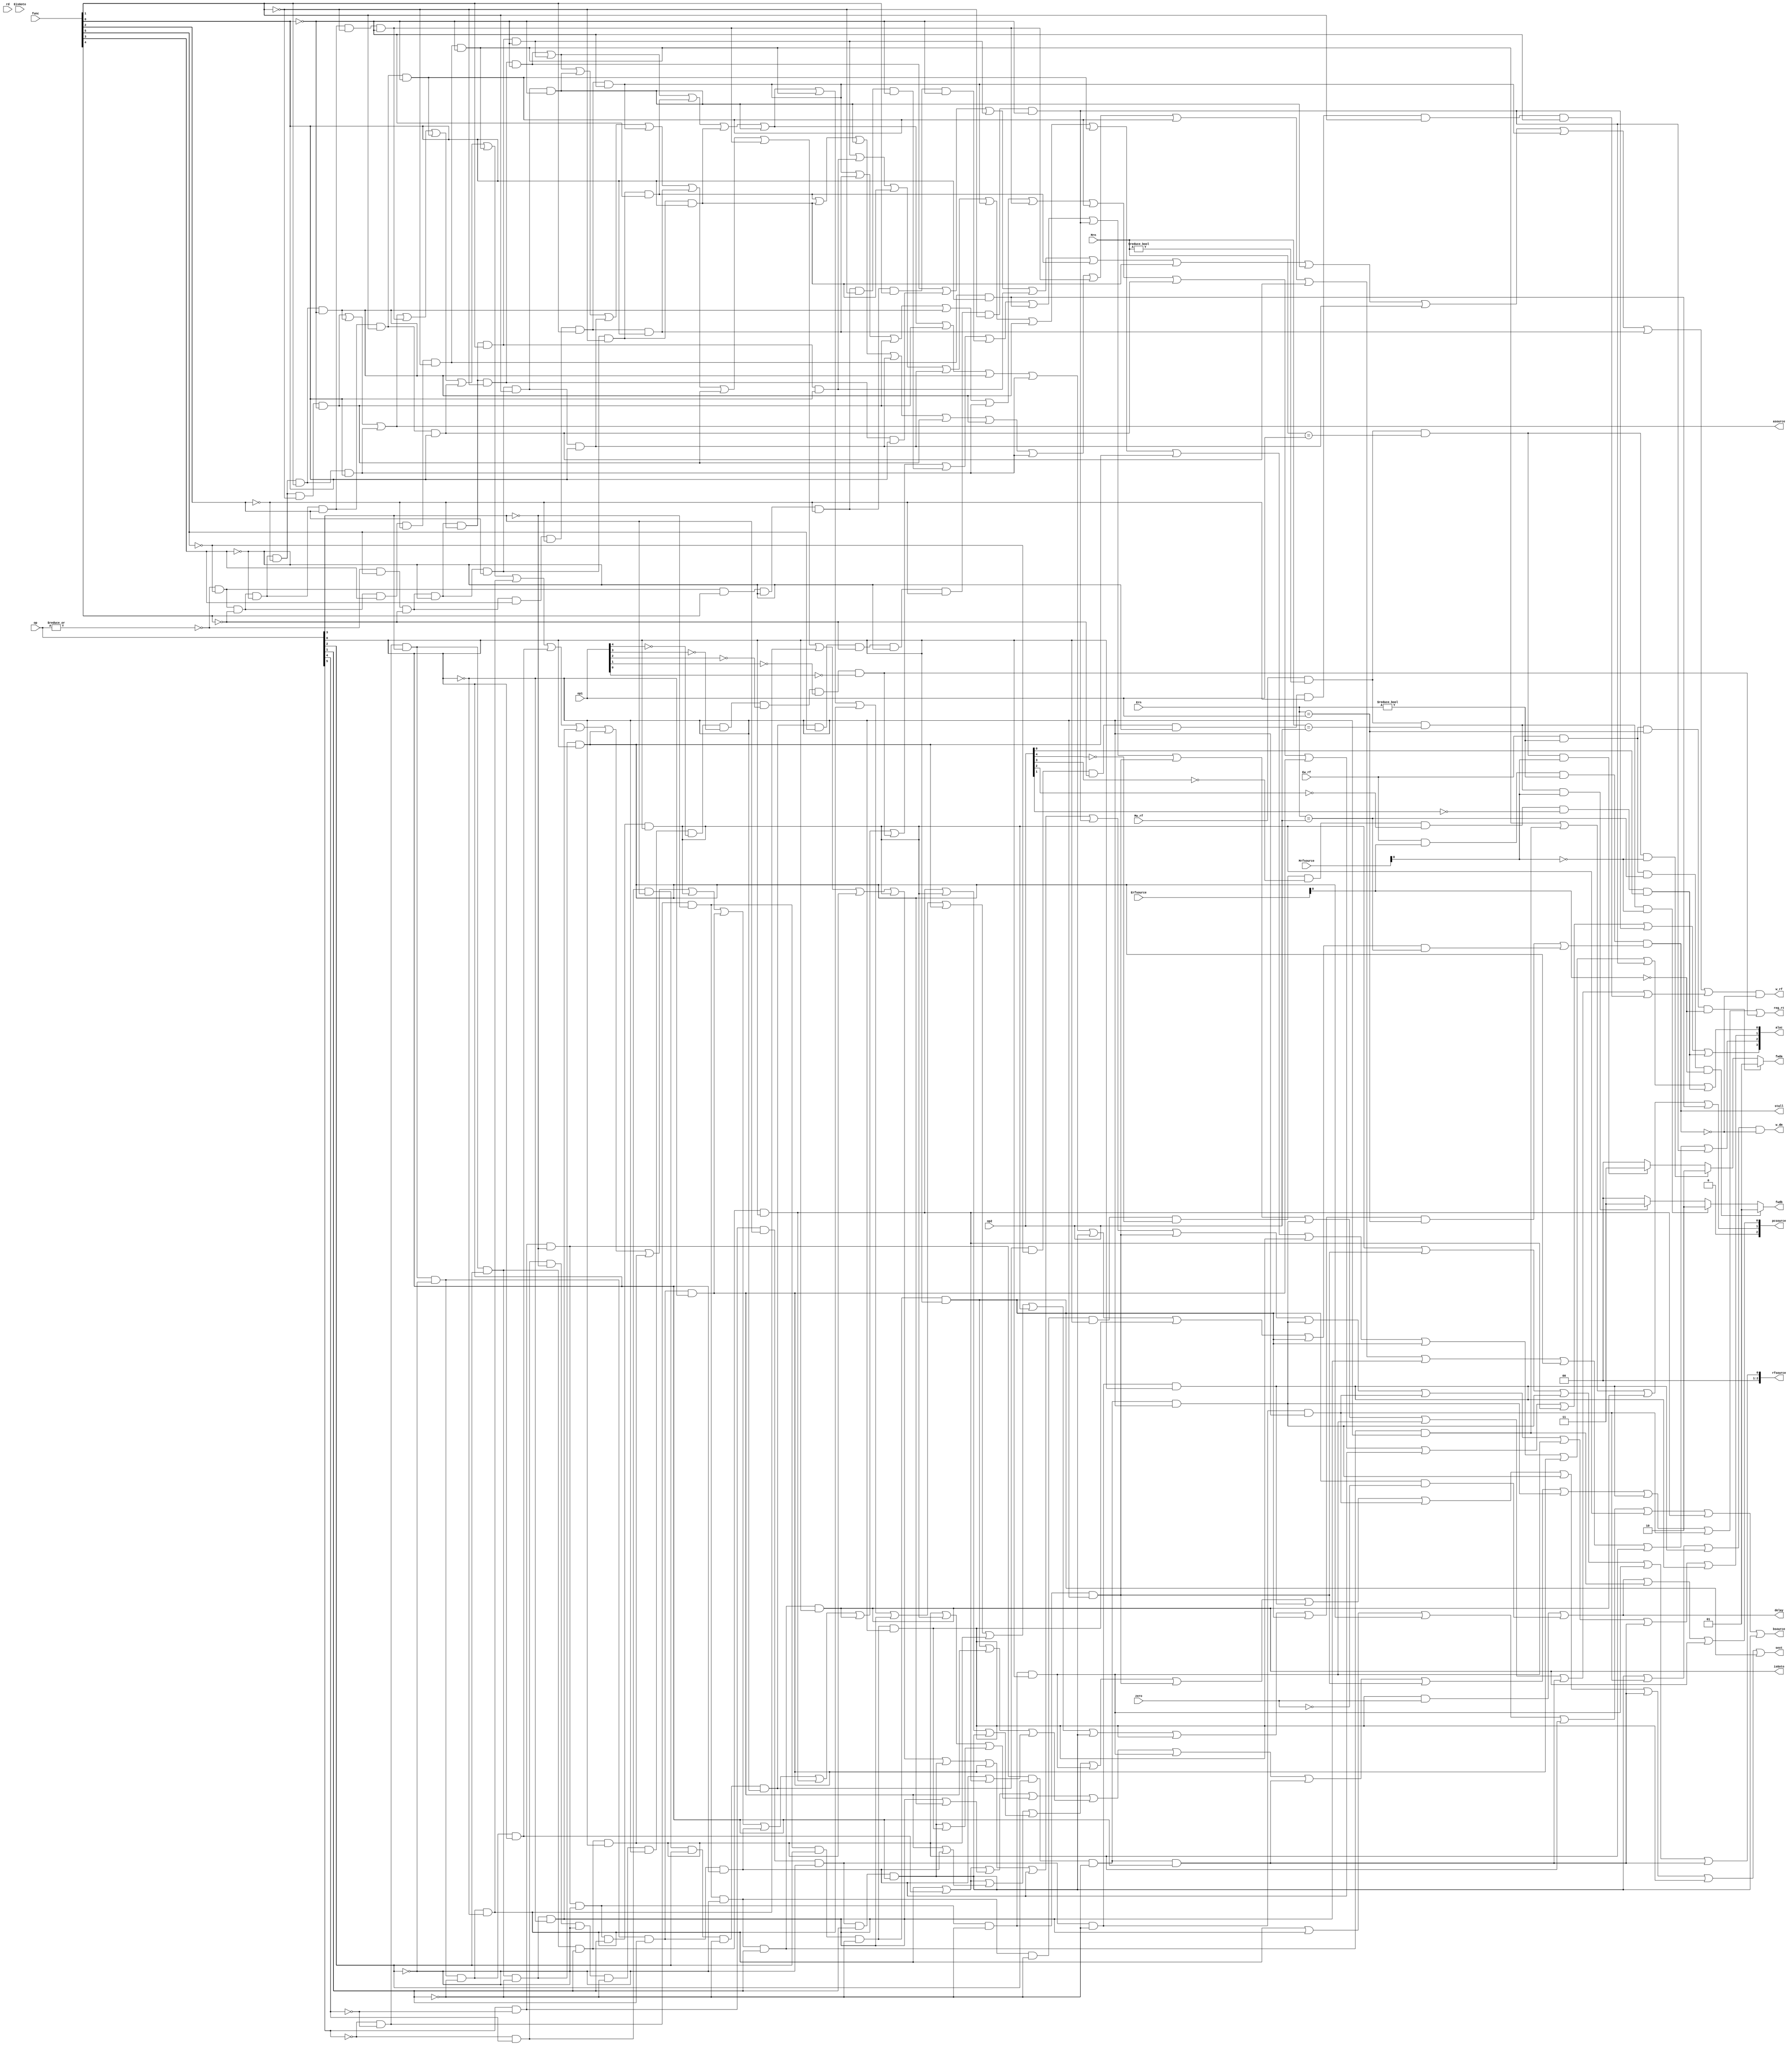
module pipeIDcu(op1,op2,op,func,rd,zero,
				EisGoto,
				Ew_rf,Mw_rf,
				Ern,Mrn,
				Erfsource,Mrfsource,
				isGoto,
				aluc,asource,bsource,
				pcsource,rfsource,
				w_dm,w_rf,reg_rt,
				sext,stall,
				fwda,fwdb,
				delay);

	input EisGoto			;
	input Ew_rf				;
	input Mw_rf				;
	input [4:0]Ern			;
	input [4:0] op1	   		;//һrs
	input [4:0] op2	   		;//ڶrt
	input [5:0] op	   		;
	input [5:0] func   		;
	input [4:0] rd			;
	input zero				;//rs,rt
	input [4:0]Mrn			;
	input [2:0] Erfsource	;
	input [2:0] Mrfsource	;
	output isGoto			;
	output [3:0] aluc		;//alucѡź
	output asource			;
	output bsource			;
	output [2:0] pcsource	;//pcѡһѡź
	output [2:0] rfsource	;
	output w_dm				;
	output w_rf				;
	output reg_rt			;
	output sext				;//Ƿչ
	output stall			;
	output reg [1:0] fwda	;
	output reg [1:0] fwdb	;
	output delay			;
	//31ָ
	wire r_type=~|op;
	wire i_addi = ~op[5] & ~op[4] &  op[3] & ~op[2] & ~op[1] & ~op[0];
	wire i_addiu= ~op[5] & ~op[4] &  op[3] & ~op[2] & ~op[1] &  op[0];
	wire i_andi = ~op[5] & ~op[4] &  op[3] &  op[2] & ~op[1] & ~op[0];
	wire i_ori  = ~op[5] & ~op[4] &  op[3] &  op[2] & ~op[1] &  op[0];
	wire i_xori = ~op[5] & ~op[4] &  op[3] &  op[2] &  op[1] & ~op[0];
	wire i_lw   =  op[5] & ~op[4] & ~op[3] & ~op[2] &  op[1] &  op[0];
	wire i_sw   =  op[5] & ~op[4] &  op[3] & ~op[2] &  op[1] &  op[0];
	wire i_beq  = ~op[5] & ~op[4] & ~op[3] &  op[2] & ~op[1] & ~op[0];
	wire i_bne  = ~op[5] & ~op[4] & ~op[3] &  op[2] & ~op[1] &  op[0];
	wire i_slti = ~op[5] & ~op[4] &  op[3] & ~op[2] &  op[1] & ~op[0];
    wire i_sltiu= ~op[5] & ~op[4] &  op[3] & ~op[2] &  op[1] &  op[0];
	wire i_lui  = ~op[5] & ~op[4] &  op[3] &  op[2] &  op[1] &  op[0];
	wire i_j    = ~op[5] & ~op[4] & ~op[3] & ~op[2] &  op[1] & ~op[0];
	wire i_jal  = ~op[5] & ~op[4] & ~op[3] & ~op[2] &  op[1] &  op[0];
    wire i_sll  = r_type & ~func[5] & ~func[4] & ~func[3] &~func[2] & ~func[1] & ~func[0];
	wire i_srl  = r_type & ~func[5] & ~func[4] & ~func[3] &~func[2] &  func[1] & ~func[0];
	wire i_sra  = r_type & ~func[5] & ~func[4] & ~func[3] &~func[2] &  func[1] &  func[0];
	wire i_sllv = r_type & ~func[5] & ~func[4] & ~func[3] & func[2] & ~func[1] & ~func[0];
    wire i_srlv = r_type & ~func[5] & ~func[4] & ~func[3] & func[2] &  func[1] & ~func[0];
    wire i_srav = r_type & ~func[5] & ~func[4] & ~func[3] & func[2] &  func[1] &  func[0];
	wire i_jr   = r_type & ~func[5] & ~func[4] &  func[3] &~func[2] & ~func[1] & ~func[0];
	 wire i_add  = r_type &  func[5] & ~func[4] & ~func[3] &~func[2] & ~func[1] & ~func[0];
    wire i_addu = r_type &  func[5] & ~func[4] & ~func[3] &~func[2] & ~func[1] &  func[0];
	wire i_sub  = r_type &  func[5] & ~func[4] & ~func[3] &~func[2] &  func[1] & ~func[0];
	wire i_subu = r_type &  func[5] & ~func[4] & ~func[3] &~func[2] &  func[1] &  func[0];
	wire i_and  = r_type &  func[5] & ~func[4] & ~func[3] & func[2] & ~func[1] & ~func[0];
	wire i_or   = r_type &  func[5] & ~func[4] & ~func[3] & func[2] & ~func[1] &  func[0];
	wire i_xor  = r_type &  func[5] & ~func[4] & ~func[3] & func[2] &  func[1] & ~func[0];
    wire i_nor  = r_type &  func[5] & ~func[4] & ~func[3] & func[2] &  func[1] &  func[0];
    wire i_slt  = r_type &  func[5] & ~func[4] &  func[3] &~func[2] &  func[1] & ~func[0];
    wire i_sltu = r_type &  func[5] & ~func[4] &  func[3] &~func[2] &  func[1] &  func[0];
	//54ָ
    wire i_eret   = c0_type& op1[4]&~op1[3] &~op1[2]&~op1[1]&~op1[0]&~func[5]& func[4] & func[3]&~func[2] & ~func[1] & ~func[0];
	 wire c0_type  = ~op[5] &  op[4] & ~op[3] & ~op[2] & ~op[1] & ~op[0];
    wire i_mfc0   = c0_type&~op1[4]&~op1[3] &~op1[2]&~op1[1]&~op1[0];
    wire i_mtc0   = c0_type&~op1[4]&~op1[3] & op1[2]&~op1[1]&~op1[0];
    wire i_divu     = r_type & ~func[5] &  func[4] &  func[3] &~func[2] &  func[1] &  func[0];
    wire i_div      = r_type & ~func[5] &  func[4] &  func[3] &~func[2] &  func[1] & ~func[0];  
    wire i_multu    = r_type & ~func[5] &  func[4] &  func[3] &~func[2] & ~func[1] &  func[0];
    wire i_mfhi     = r_type & ~func[5] &  func[4] & ~func[3] &~func[2] & ~func[1] & ~func[0];
    wire i_mflo     = r_type & ~func[5] &  func[4] & ~func[3] &~func[2] &  func[1] & ~func[0];
    wire i_mthi     = r_type & ~func[5] &  func[4] & ~func[3] &~func[2] & ~func[1] &  func[0];
    wire i_mtlo     = r_type & ~func[5] &  func[4] & ~func[3] &~func[2] &  func[1] &  func[0]; 
	wire i_syscall= r_type & ~func[5] & ~func[4] &  func[3] & func[2] & ~func[1] & ~func[0];
    wire i_break  = r_type & ~func[5] & ~func[4] &  func[3] & func[2] & ~func[1] &  func[0];
    wire i_teq    = r_type &  func[5] &  func[4] & ~func[3] & func[2] & ~func[1] & ~func[0];
    wire i_jalr   = r_type & ~func[5] & ~func[4] &  func[3] &~func[2] & ~func[1] &  func[0]; 
	 wire i_lb       = op[5] & ~op[4] & ~op[3] & ~op[2] & ~op[1] & ~op[0];
    wire i_lbu      = op[5] & ~op[4] & ~op[3] &  op[2] & ~op[1] & ~op[0];
    wire i_lh       = op[5] & ~op[4] & ~op[3] & ~op[2] & ~op[1] &  op[0];
    wire i_lhu      = op[5] & ~op[4] & ~op[3] &  op[2] & ~op[1] &  op[0];
    wire i_sb       = op[5] & ~op[4] &  op[3] & ~op[2] & ~op[1] & ~op[0];
    wire i_sh       = op[5] & ~op[4] &  op[3] & ~op[2] & ~op[1] &  op[0];
    wire i_clz      =~op[5] &  op[4] &  op[3] &  op[2] & ~op[1] & ~op[0]&  func[5] & ~func[4] & ~func[3] &~func[2] & ~func[1] & ~func[0];
    wire i_mul      =~op[5] &  op[4] &  op[3] &  op[2] & ~op[1] & ~op[0]& ~func[5] & ~func[4] & ~func[3] &~func[2] &  func[1] & ~func[0];
    wire i_bgez     =~op[5] & ~op[4] & ~op[3] & ~op[2] & ~op[1] &  op[0]&  ~op2[4] & ~op2[3]  & ~op2[2]  &~op2[1]  & op2[0];
    //**********************************************************************************

	assign pcsource[2]=1'b0;
    assign pcsource[1]=i_jr|i_j|i_jal|i_jalr;
    assign pcsource[0]=(i_beq&zero)|(i_bne&~zero)|i_j|i_jal;
	assign aluc[0]=i_sub|i_subu|i_or|i_nor|i_slt|i_srl|i_srlv|i_ori|i_beq|i_bne|i_slti|i_clz|i_bgez;
    assign aluc[1]=i_add|i_sub|i_xor|i_nor|i_slt|i_sltu|i_sll|i_sllv|i_addi|i_xori|i_lw|i_sw|i_slti|i_sltiu|i_clz|i_lb|i_lbu|i_sb|i_lh|i_lhu|i_sh;
    assign aluc[2]=i_and|i_or|i_xor|i_nor|i_sll|i_srl|i_sra|i_sllv|i_srlv|i_srav|i_andi|i_ori|i_xori|i_clz;
    assign aluc[3]=i_slt|i_sltu|i_sll|i_srl|i_sra|i_sllv|i_srlv|i_srav|i_slti|i_sltiu|i_lui|i_clz|i_bgez;
	assign delay =(i_beq&zero)|(i_bne&~zero);
	assign isGoto = i_jal;
	
	assign rfsource[2]=1'b0;
	assign rfsource[1]=1'b0;
	assign rfsource[0]=i_lw|i_lb|i_lbu|i_lh|i_lhu;
	
	assign asource=i_sll|i_srl|i_sra;
	assign bsource=i_addi|i_andi|i_ori|i_xori|i_lw|i_lui|i_sw;

    assign sext=((i_addi|i_addiu)|(i_slti|i_sltiu))|((i_lui|i_lw)|i_sw)|i_lh|i_lb|i_sh|i_sb|i_lbu|i_lhu|i_beq|i_bne;
	
	wire i_rs= i_add | i_sub | i_and | i_or | i_xor | i_jr | i_addi|
			   i_andi| i_ori | i_xori| i_lw | i_sw  | i_beq| i_bne ;
    wire i_rt= i_add | i_sub | i_and | i_or | i_xor | i_sll | i_srl|
			   i_sra | i_sw  | i_beq | i_bne ;
	
	assign w_dm=(i_sw|i_sb|i_sh)&(~stall);
	assign w_rf=(i_add|i_addu|i_sub|i_subu|i_and|i_or|i_xor|i_nor|
				i_slt|i_sltu||i_sll|i_srl|i_sra|i_sllv|i_srlv|i_srav|
				i_jr|i_addi|i_addiu|i_andi|i_ori|i_xori|i_lw|i_slti|
				i_sltiu|i_lui|i_jal|i_mfc0|i_mfhi|i_mflo|i_jalr|i_clz|
				i_lb|i_lbu|i_lh|i_lhu|i_mul)&(~stall);
	assign reg_rt=(((i_addi|i_addiu)|(i_andi|i_ori))|((i_xori|i_lw)|(i_sw|i_beq)))|
				  ((i_bne|i_slti)|(i_sltiu|i_lui))|i_lh|i_lhu|i_lb|i_lbu|i_sh|i_sb|i_mfc0;
	//i_addi|i_lw|i_sw|
	assign stall = (Ew_rf & Erfsource[0] & (Ern!=0) & ((i_rs&(Ern==op1)) | (i_rt&(Ern==op2))));
	
	//assign fwda=()
	
	
	always@(Ew_rf or Mw_rf or Ern or Mrn or Erfsource[0] or Mrfsource[0] or op1 or op2)
	begin
		fwda=2'b00;
		if(Ew_rf&(Ern!=0)&(Ern==op1)&~Erfsource[0])
		begin
			fwda=2'b01;//ѡEaluĽ
		end
		else
		begin
			if(Mw_rf&(Mrn!=0)&(Mrn==op1)&~Mrfsource[0])
			begin
				fwda=2'b10;
			end
			else
			begin
				if(Mw_rf&(Mrn!=0)&(Mrn==op1)&Mrfsource[0])
				begin
				fwda=2'b11;
				end
			end
		end
		fwdb=2'b00;
		if(Ew_rf&(Ern!=0)&(Ern==op2)&~Erfsource[0])
		begin
			fwdb=2'b01;//ѡEaluĽ
		end
		else
		begin
			if(Mw_rf&(Mrn!=0)&(Mrn==op2)&~Mrfsource[0])
			begin
				fwdb=2'b10;
			end
			else
			begin
				if(Mw_rf&(Mrn!=0)&(Mrn==op2)&Mrfsource[0])
				begin
				fwdb=2'b11;
				end
			end
		end	
	end
    
   
endmodule